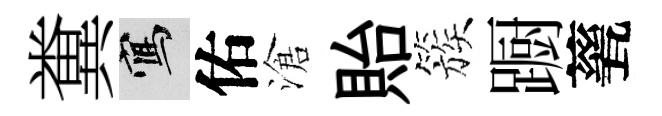
糞寫佑滄貽簇蹰甆